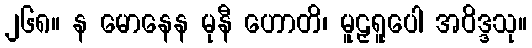
၂၆၈။ န မောနေန မုနီ ဟောတိ၊ မူဠှရူပေါ အဝိဒ္ဒသု။